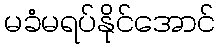
မခံမရပ်နိုင်အောင်